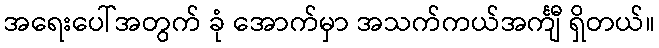
အရေးပေါ်အတွက် ခုံ အောက်မှာ အသက်ကယ်အင်္ကျီ ရှိတယ်။